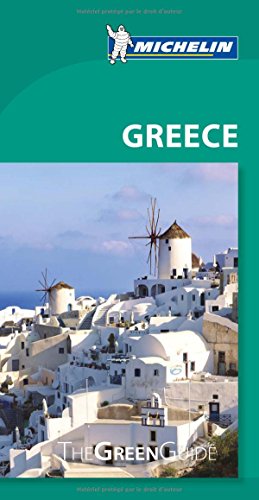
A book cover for Michelin Green Guide Greece (Green Guide/Michelin); Michelin; Travel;